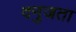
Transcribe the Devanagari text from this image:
दनुजता